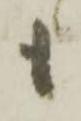
も